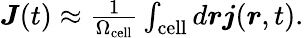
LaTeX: \begin{array}{r}{\boldsymbol J(t)\approx\frac{1}{\Omega_{\mathrm{cell}}}\int_{\mathrm{cell}}d\boldsymbol r\boldsymbol j(\boldsymbol r,t).}\end{array}